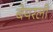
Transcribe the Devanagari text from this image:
बेयरली